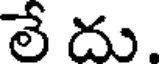
లే దు.